Annual report of the Punjab Veterinary College and of the Civil Veterinary Department, Punjab - 1926-1932
Year: 1926
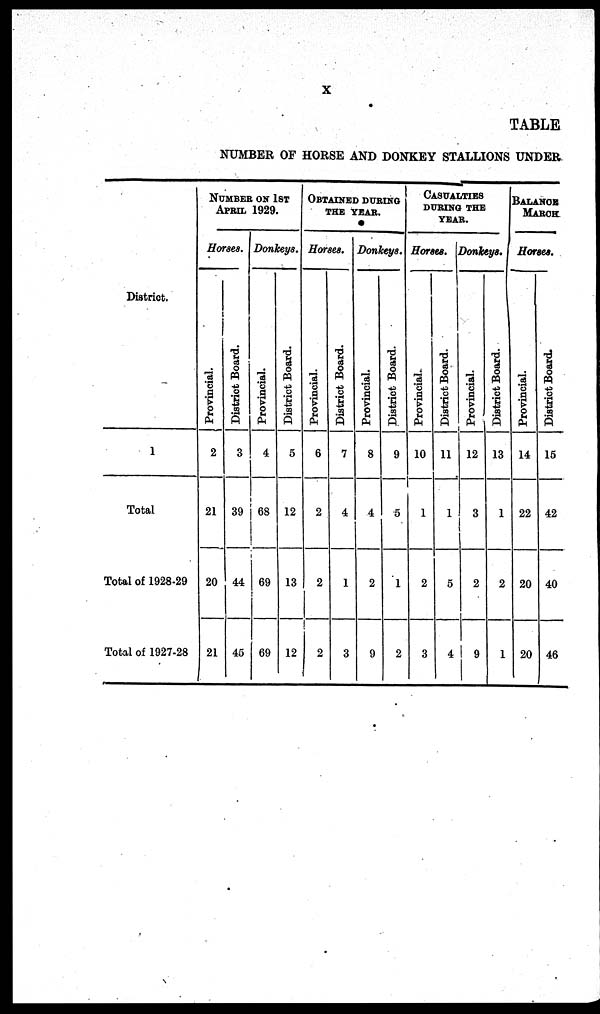
X
TABLE
NUMBER OF HORSE AND DONKEY STALLIONS UNDER
District.
1
Total
Total of 1928-29
Total of 1927-28
NUMBER ON 1ST
APRIL 1929.
Horses.
Provincial.
2
21
20
21
District Board.
3
39
44
45
Donkeys.
Provincial.
4
68
69
69
District Board.
5
12
13
12
OBTAINED DURING
THE YEAR.
Horses.
Provincial.
6
2
2
2
District Board.
7
4
1
3
Donkeys.
Provincial.
8
4
2
9
District Board.
9
5
1
2
CASUALTIES
DURING THE
YEAR.
Horses.
Provincial.
10
1
2
3
District Board.
11
1
5
4
Donkeys.
Provincial.
12
3
2
9
District Board.
13
1
2
1
BALANCE
MARCH
Horses.
Provincial.
14
22
20
20
District Board.
15
42
40
46